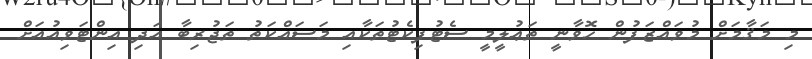
މި މަޤާމަށް މުވައްްޒަފުން ހޮވާނީ ތަޢުލީމީ ސެޓުފިކެޓުތަކާއި މަސައްކަތު ތަޖުރިބާ އަދި އިންޓަވިއުއަށް